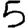
Digit: 5